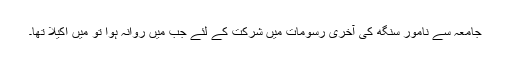
جامعہ سے نامور سنگھ کی آخری رسومات میں شرکت کے لئے جب میں روانہ ہوا تو میں اکیلا تھا۔